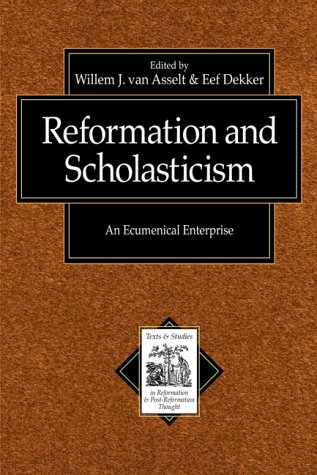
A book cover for Reformation and Scholasticism: An Ecumenical Enterprise (Texts and Studies in Reformation and Post-Reformation Thought); Christian Books & Bibles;